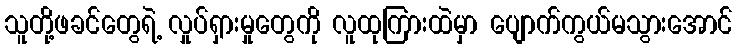
သူတို့ဖခင်တွေရဲ့ လှုပ်ရှားမှုတွေကို လူထုကြားထဲမှာ ပျောက်ကွယ်မသွားအောင်